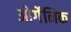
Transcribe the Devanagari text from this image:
ओर्गेनिक